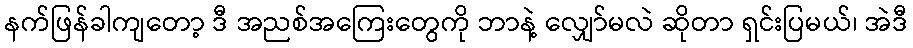
နက်ဖြန်ခါကျတော့ ဒီ အညစ်အကြေးတွေကို ဘာနဲ့ လျှော်မလဲ ဆိုတာ ရှင်းပြမယ်၊ အဲဒီ